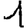
Digit: 1